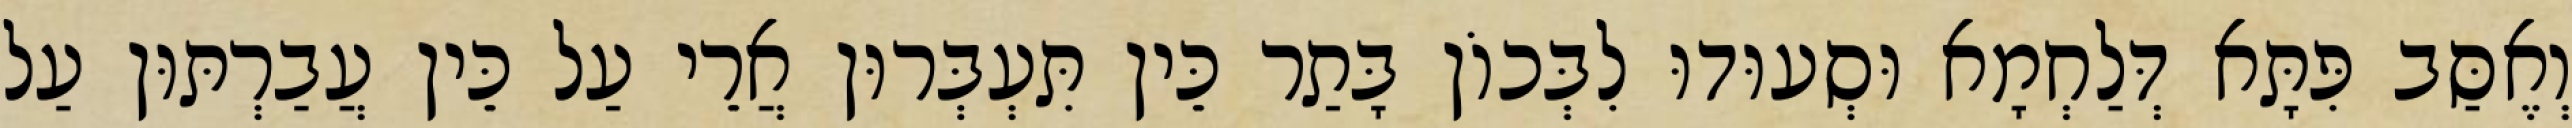
וְאֶסַּב פִּתָּא דְּלַחְמָא וּסְעוּדוּ לִבְּכוֹן בָּתַר כֵּין תִּעְבְּרוּן אֲרֵי עַל כֵּין עֲבַרְתּוּן עַל